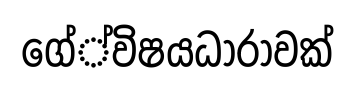
ගේ්විෂයධාරාවක්